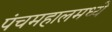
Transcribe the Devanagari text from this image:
पंचमहालमध्ये